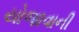
યોજાવાની